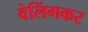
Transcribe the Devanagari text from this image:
वेलिंगकर